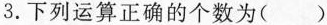
3.下列运算正确的个数为()